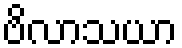
ဗိလာသယာ